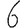
Digit: 6